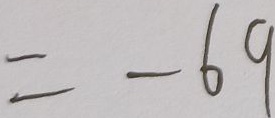
= - 6 9